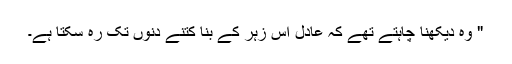
" وہ دیکھنا چاہتے تھے کہ عادل اِس زہر کے بنا کتنے دِنوں تک رہ سکتا ہے۔